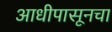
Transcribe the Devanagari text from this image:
आधीपासूनचा